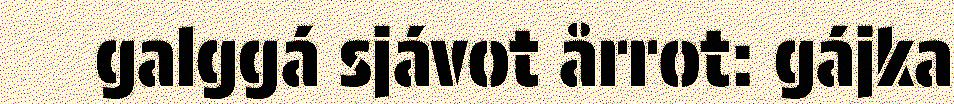
galggá sjávot årrot: gájka